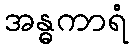
အန္ဓကာရံ